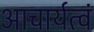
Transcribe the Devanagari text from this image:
आचार्यत्वं